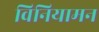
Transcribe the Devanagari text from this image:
विनियामन